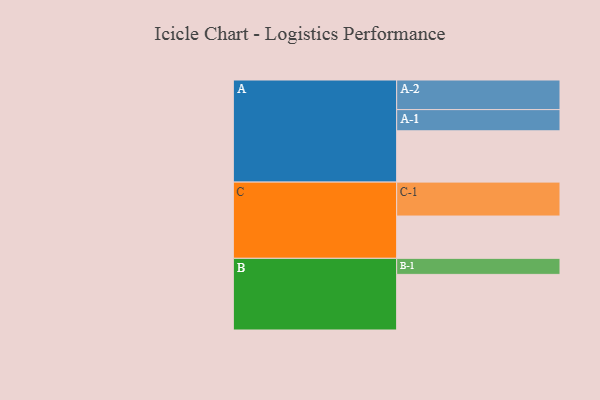
{"axis": {"x": "Segment", "y": "Value"}, "legend": ["", "A", "B", "C"], "data": [{"x": "A", "y": 416, "type": ""}, {"x": "B", "y": 451, "type": ""}, {"x": "C", "y": 343, "type": ""}, {"x": "A-1", "y": 172, "type": "A"}, {"x": "A-2", "y": 240, "type": "A"}, {"x": "B-1", "y": 130, "type": "B"}, {"x": "C-1", "y": 275, "type": "C"}]}